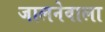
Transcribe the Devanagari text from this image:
जालनेवाला